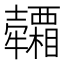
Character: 𤜕